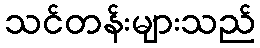
သင်တန်းများသည်